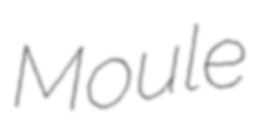
Moule